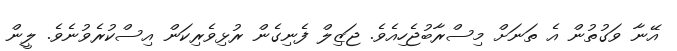
އޭނާ ވަގުތުން އެ ތަނަށް މިސްރާބުޖެހިއެވެ. ޖަޒިލް ފެނިގެން ރުޅިވެރިކަން އިސްކުރެވުނެވެ. ލީން